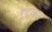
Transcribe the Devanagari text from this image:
रद्दकर